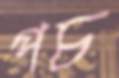
পচ